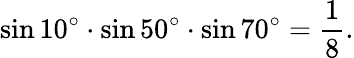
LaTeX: \sin 10^{\circ}\cdot\sin 50^{\circ}\cdot\sin 70^{\circ}={\frac{1}{8}}.